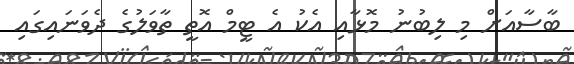
ބާސާއަށް މި ލިބުނު މޮޅާއި އެކު އެ ޓީމް އޮތީ ތާވަލުގެ ދެވަނައިގައި